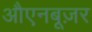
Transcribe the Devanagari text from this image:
औएनबूज़र